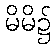
မိမိ၌